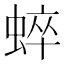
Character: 蜶